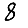
Digit: 8